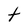
Character: t